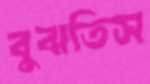
বুঝতিস